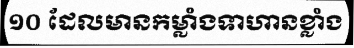
១០ ដែលមានកម្លាំងទាហានខ្លាំង